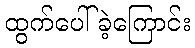
ထွက်ပေါ်ခဲ့ကြောင်း